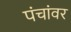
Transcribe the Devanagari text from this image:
पंचांवर